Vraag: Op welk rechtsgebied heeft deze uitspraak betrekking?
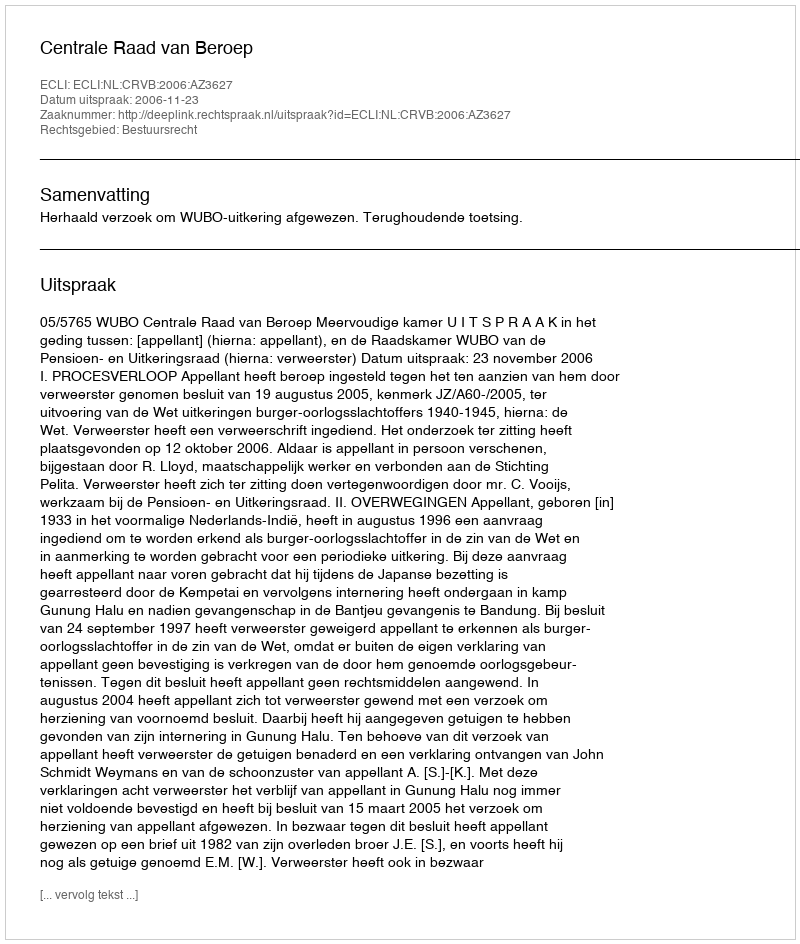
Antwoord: Bestuursrecht